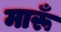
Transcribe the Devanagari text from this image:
मारूँ